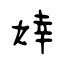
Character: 婞